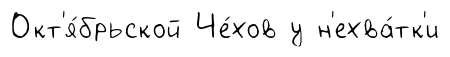
Окт'я́брьской Че́хов у н'ехва́тк'и